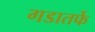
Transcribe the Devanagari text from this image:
गडातर्फे